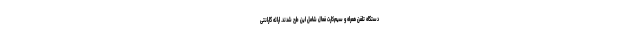
دستگاه تلفن همراه و سیم‌کارت فعال شامل این طرح شدند. ارائه گارانتی